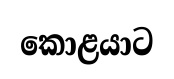
කොළයාට